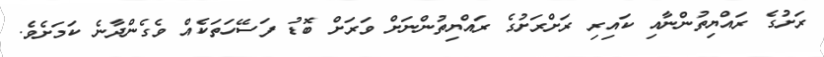
ރަށުގެ ރައްޔިތުންނާއި ކައިރި ރަށްރަށުގެ ރައްޔިތުންނަށް ވަރަށް ބޮޑު ފަސޭހަތަކެއް ވެގެންދާނެ ކަމަށެވެ.